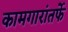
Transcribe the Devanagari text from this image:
कामगारांतर्फे